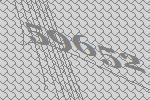
59652